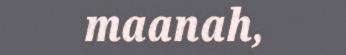
maanah,